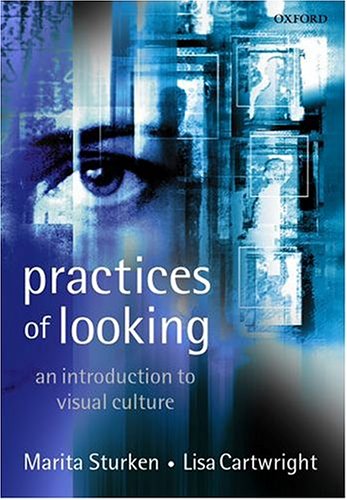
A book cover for Practices of Looking: An Introduction to Visual Culture; Marita Sturken; Humor & Entertainment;